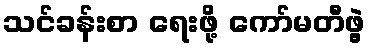
သင်ခန်းစာ ရေးဖို့ ကော်မတီဖွဲ့